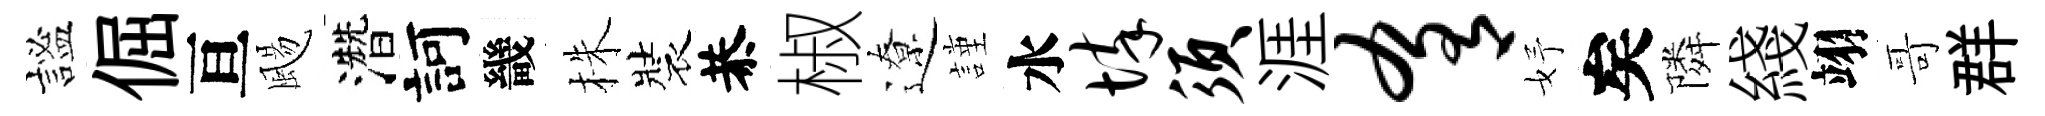
謐倔亘颺濳訶畿株裝恭椒遼謹水悴须涯肴妤矣隣綫翊哥群